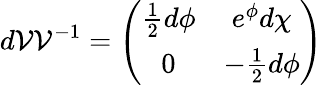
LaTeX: d{\cal{V}}{\cal{V}}^{-1}=\left(\begin{array}{cc}{{\frac{1}{2}d\phi}}&{{e^{\phi}d\chi}}\\ {{0}}&{{-\frac{1}{2}d\phi}}\end{array}\right)